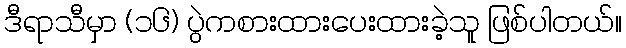
ဒီရာသီမှာ (၁၆) ပွဲကစားထားပေးထားခဲ့သူ ဖြစ်ပါတယ်။